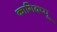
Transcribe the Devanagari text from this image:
कागिदप्पू